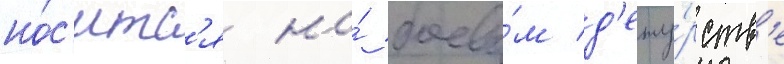
но́с'итс'я на́ боево́м д'ежу́рств'е